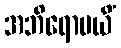
အဘိရောပယိံ